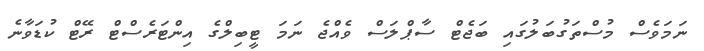
ނަމަވެސް މުސްތަގުބަލުގައި ބަޖެޓް ސާޕްލަސް ވެއްޖެ ނަމަ ޓީބިލްގެ އިންޓަރެސްޓް ރޭޓް ކުޑަވާނެ